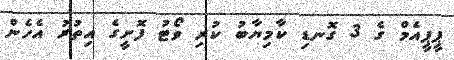
ޕީޕީއެމް ގެ 3 ގޮނޑި ކާމިޔާބު ކުރި ވޯޓު ފޮށީގެ އިތުރު އެހެން